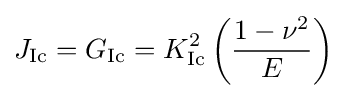
J_{\rm {Ic}}=G_{\rm {Ic}}=K_{\rm {Ic}}^{2}\left({\frac {1-\nu ^{2}}{E}}\right)